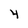
Character: 4